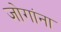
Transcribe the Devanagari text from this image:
जोगांना